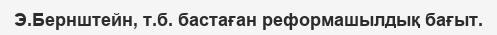
Э.Бернштейн, т.б. бастаған реформашылдық бағыт.